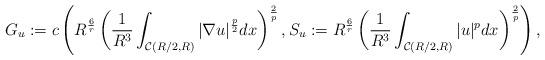
LaTeX: \begin{align*}G_{u}:=c \left( R^{\frac{6}{r}} \left( \frac{1}{R^3}\int_{\mathcal{C}(R/2,R)} \vert \nabla u\vert^{\frac{p}{2}}dx\right)^{\frac{2}{p}},S_{u}:=R^{\frac{6}{r}}\left(\frac{1}{R^3} \int_{\mathcal{C}(R/2,R)} \vert u\vert^{p}dx\right)^{\frac{2}{p}} \right),\end{align*}